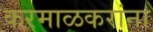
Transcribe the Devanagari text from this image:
करमाळकरांना